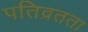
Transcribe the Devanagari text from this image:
पतिव्रतता